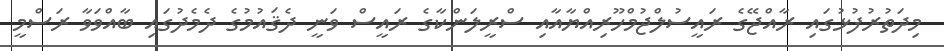
މިދަތުރުފުޅުގައި ރާއްޖޭގެ ރައީސުލްޖުމްހޫރިއްޔާއާއި ސްރީލަންކާގެ ރައީސް ވަނީ ދެޤައުމުގެ ދެމެދުގައި ބާއްވަވާ ރަސްމީ